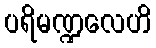
ပရိမဏ္ဍလေဟိ